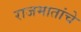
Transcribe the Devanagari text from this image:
राजमातांचे